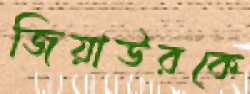
জিয়াউরকে